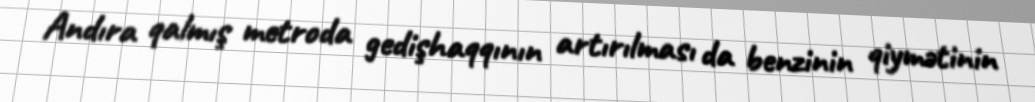
Andıra qalmış metroda gedişhaqqının artırılması da benzinin qiymətinin